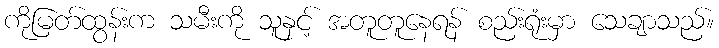
ကိုမြတ်ထွန်းက သမီးကို သူနှင့် အတူတူနေရန် စည်းရုံးမှာ သေချာသည်။